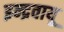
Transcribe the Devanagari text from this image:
इन्द्रवायू